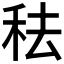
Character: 𥞋